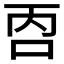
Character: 𱒑